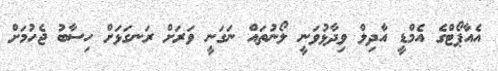
އެއާޕޯޓްގެ އެމްޑީ އާދިލް ވިދާޅުވަނީ ލޯނުތައް ނަގަނީ ވަރަށް ރަނގަޅަށް ހިސާބު ޖެހުމަށް